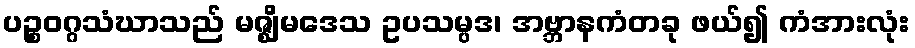
ပဉ္စဝဂ္ဂသံဃာသည် မဇ္ဈိမဒေသ ဥပသမ္ပဒ၊ အဗ္ဘာနကံတခု ဖယ်၍ ကံအားလုံး